Indian Civil Veterinary Department memoirs
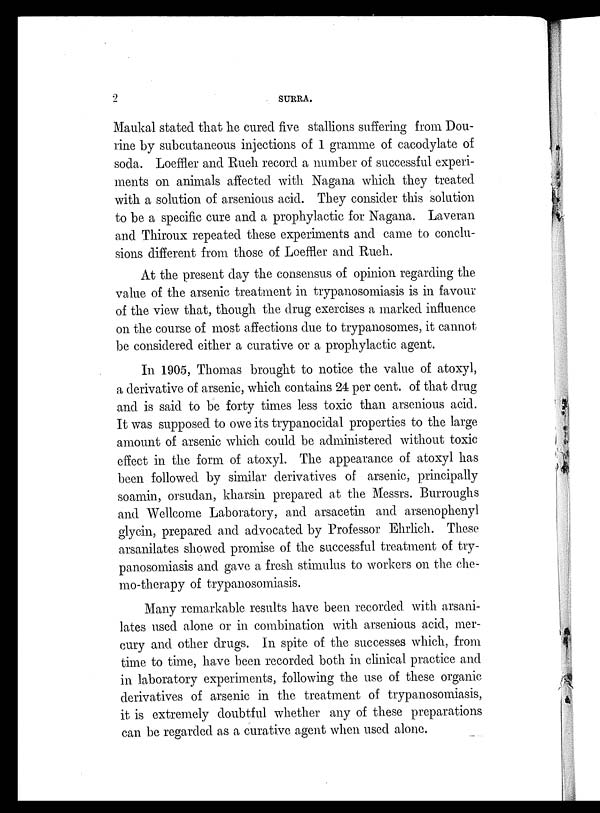
2
SURRA.
Maukal stated that he cured five stallions suffering from Dou¬
line by subcutaneous injections of 1 gramme of cacodylate of
soda. Loeffler and Rueh record a number of successful experi-
ments on animals affected with Nagana which they treated
with a solution of arsenious acid. They consider this solution
to be a specific cure and a prophylactic for Nagana. Laveran
and Thiroux repeated these experiments and came to conclu-
sions different from those of Loeffler and Rueh.
At the present day the consensus of opinion regarding the
value of the arsenic treatment in trypanosomiasis is in favour
of the view that, though the drug exercises a marked influence
on the course of most affections due to trypanosomes, it cannot
be considered either a curative or a prophylactic agent.
In 1905, Thomas brought to notice the value of atoxyl,
a derivative of arsenic, which contains 24 per cent. of that drug
and is said to be forty times less toxic than arsenious acid.
It was supposed to owe its trypanocidal properties to the large
amount of arsenic which could be administered without toxic
effect in the form of atoxyl. The appearance of atoxyl has
been followed by similar derivatives of arsenic, principally
soamin, orsudan, kharsin prepared at the Messrs. Burroughs
and Wellcome Laboratory, and arsacetin and arsenophenyl
glycin, prepared and advocated by Professor Ehrlich. These
arsanilates showed promise of the successful treatment of try-
panosomiasis and gave a fresh stimulus to workers on the che-
mo-therapy of trypanosomiasis.
Many remarkable results have been recorded with arsani-
lates used alone or in combination with arsenious acid, mer-
cury and other drugs. In spite of the successes which, from
time to time, have been recorded both in clinical practice and
in laboratory experiments, following the use of these organic
derivatives of arsenic in the treatment of trypanosomiasis,
it is extremely doubtful whether any of these preparations
can be regarded as a curative agent when used alone.